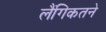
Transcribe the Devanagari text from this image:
लैंगिकतने